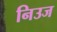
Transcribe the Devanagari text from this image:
निउज